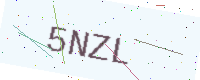
Text: 5NZL